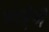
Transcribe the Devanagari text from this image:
पटङ्गेनी